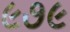
૯૭૯